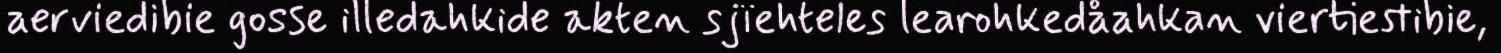
aerviedibie gosse illedahkide akten sjïehteles learohkedåahkan viertiestibie,